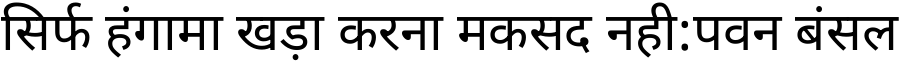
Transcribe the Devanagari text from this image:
सिर्फ हंगामा खड़ा करना मकसद नही:पवन बंसल